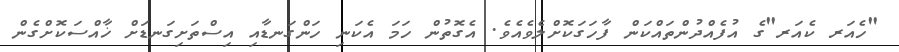
"ހެއަރ ކެއަރ"ގެ އުފެއްދުންތައްކަން ފާހަގަކޮށްލެވެއެވެ. އެގޮތުން ހަމަ އެކަނި ހަންގަނޑާއި އިސްތަށިގަނޑަށް ޚާއްސަކޮށްގެން